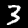
Label: 3